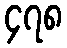
၄၇၈